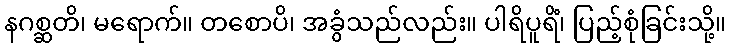
နဂစ္ဆတိ၊ မရောက်။ တစောပိ၊ အခွံသည်လည်း။ ပါရိပူရိံ၊ ပြည့်စုံခြင်းသို့။